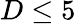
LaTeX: D\leq 5